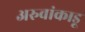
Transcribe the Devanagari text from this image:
अरुवांकाडू